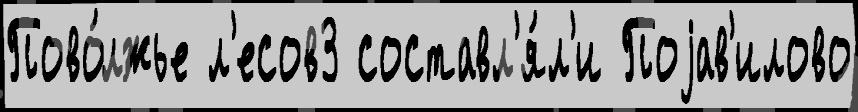
Пово́лжье л'есов3 составл'я́л'и Поjав'илово